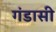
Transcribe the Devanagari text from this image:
गंडासी